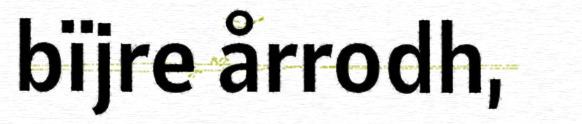
bïjre årrodh,